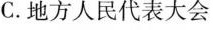
C.地方人民代表大会